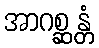
အာဂစ္ဆန္တံ